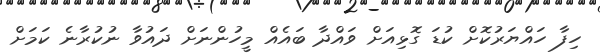
ހިފާ ހައްޔަރުކޮށް ކުޑަ ގޮޅިއަށް ވައްދާ ބައެއް މީހުންނަށް ދައުވާ ނުކުރާނެ ކަމަށް